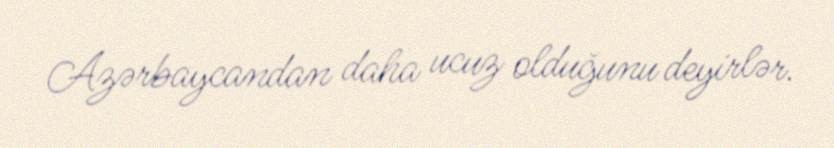
Azərbaycandan daha ucuz olduğunu deyirlər.